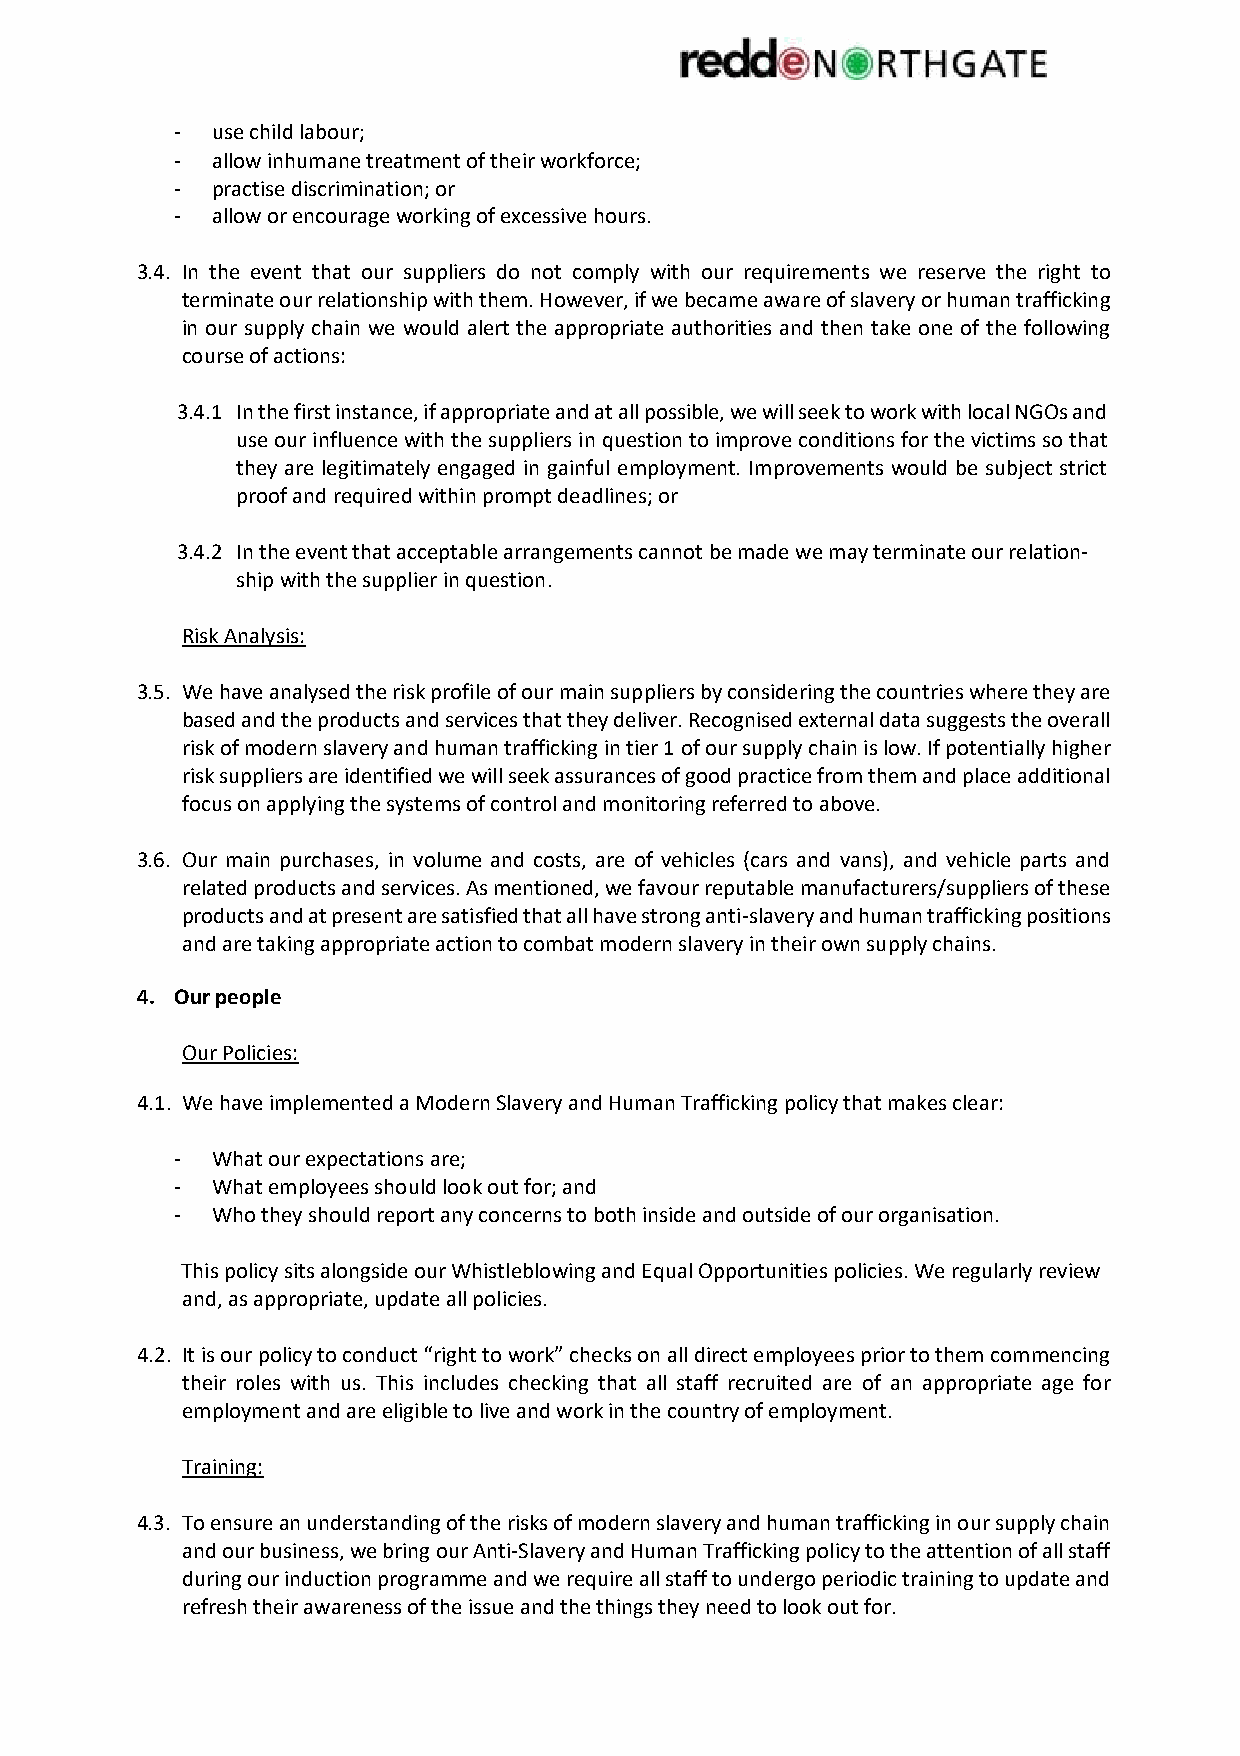
- use child labour;
 - allow inhumane treatment of their workforce;
 - practise discrimination; or
 - allow or encourage working of excessive hours.
 3.4. In the event that our suppliers do not comply with our requirements we reserve the right to
 terminate our relationship with them. However, if we became aware of slavery or human trafficking
 in our supply chain we would alert the appropriate authorities and then take one of the following
 course of actions:
 3.4.1 In the first instance, if appropriate and at all possible, we will seek to work with local NGOs and
 use our influence with the suppliers in question to improve conditions for the victims so that
 they are legitimately engaged in gainful employment. Improvements would be subject strict
 proof and required within prompt deadlines; or
 3.4.2 In the event that acceptable arrangements cannot be made we may terminate our relation-
 ship with the supplier in question.
 Risk Analysis:
 3.5. We have analysed the risk profile of our main suppliers by considering the countries where they are
 based and the products and services that they deliver. Recognised external data suggests the overall
 risk of modern slavery and human trafficking in tier 1 of our supply chain is low. If potentially higher
 risk suppliers are identified we will seek assurances of good practice from them and place additional
 focus on applying the systems of control and monitoring referred to above.
 3.6. Our main purchases, in volume and costs, are of vehicles (cars and vans), and vehicle parts and
 related products and services. As mentioned, we favour reputable manufacturers/suppliers of these
 products and at present are satisfied that all have strong anti-slavery and human trafficking positions
 and are taking appropriate action to combat modern slavery in their own supply chains.
 4. Our people
 Our Policies:
 4.1. We have implemented a Modern Slavery and Human Trafficking policy that makes clear:
 - What our expectations are;
 - What employees should look out for; and
 - Who they should report any concerns to both inside and outside of our organisation.
 This policy sits alongside our Whistleblowing and Equal Opportunities policies. We regularly review
 and, as appropriate, update all policies.
 4.2. It is our policy to conduct “right to work” checks on all direct employees prior to them commencing
 their roles with us. This includes checking that all staff recruited are of an appropriate age for
 employment and are eligible to live and work in the country of employment.
 Training:
 4.3. To ensure an understanding of the risks of modern slavery and human trafficking in our supply chain
 and our business, we bring our Anti-Slavery and Human Trafficking policy to the attention of all staff
 during our induction programme and we require all staff to undergo periodic training to update and
 refresh their awareness of the issue and the things they need to look out for.